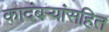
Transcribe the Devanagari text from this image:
कादंबर्‍यांसहित